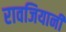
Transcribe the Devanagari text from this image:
रावजियानी